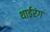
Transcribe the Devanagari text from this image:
थाईरंग